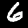
Label: 6